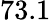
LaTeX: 73.1